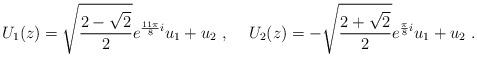
LaTeX: \begin{align*}U_1(z)=\sqrt{\frac{2-\sqrt{2}}{2}} e^{\frac{11\pi}{8}i} u_1 +u_2~,\hskip 0.5cmU_2(z)=-\sqrt{\frac{2+\sqrt{2}}{2}} e^{\frac{\pi}{8}i} u_1 +u_2 ~.\end{align*}